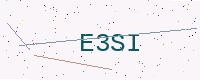
Text: E3SI